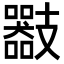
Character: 𢻪